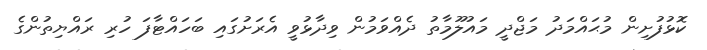
ކޮޅުފުށިން މުޙައްމަދު މަޖްދީ މައުލޫމާތު ދެއްވަމުން ވިދާޅުވީ އެރަށުގައި ބަހައްޓާފަ ހުރި ރައްޔިތުންގެ